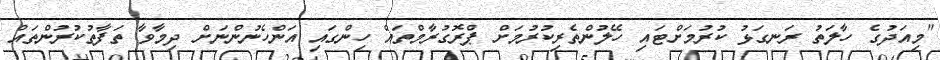
"މިއަދުގެ ހާލަތު ރަނގަޅު ކުރުމަށްޓައި ހޭލުންތެރިކުރުމަށް ޕްރޮގުރާމްތައް ހިންގައި އަންހެނުންނަށް ދިމާވާ ތަފާތުކުރުންތައް